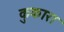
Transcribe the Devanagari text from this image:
कुकारा